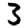
Digit: 3